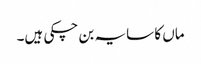
ماں کا سایہ بن چکی ہیں۔